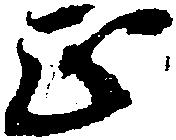
正